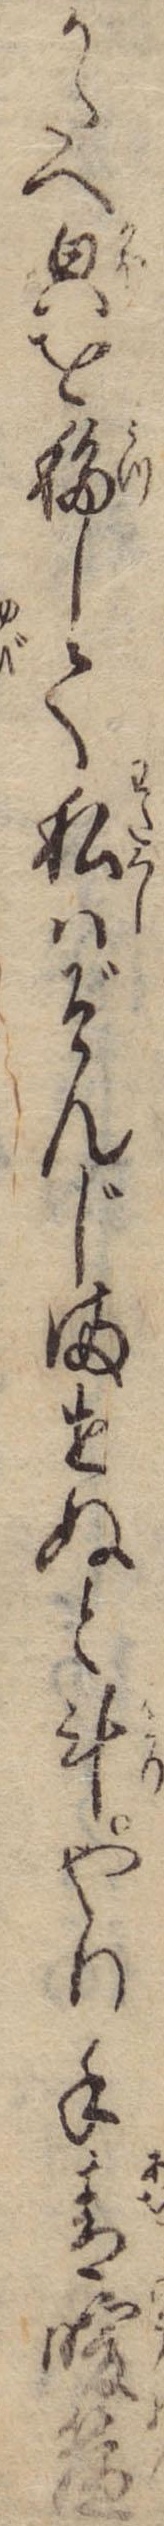
かたへ貌を移して私はぞんじませぬと斗やり手青暖簾